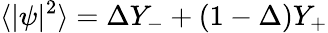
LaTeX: \langle|\psi|^{2}\rangle=\Delta Y_{-}+(1-\Delta)Y_{+}